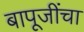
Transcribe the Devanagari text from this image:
बापूजींचा